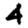
Digit: 4